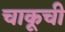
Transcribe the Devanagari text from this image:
चाकूची